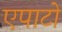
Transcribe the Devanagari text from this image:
एपाटो